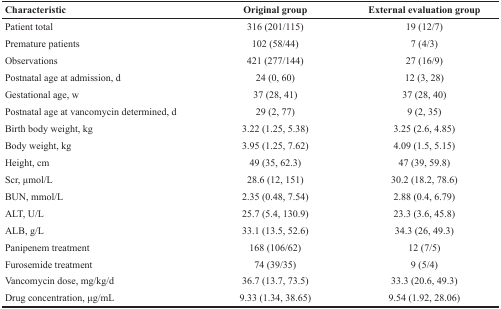
| Characteristic | Original group | External evaluation group |
 | --- | --- | --- |
 | Patient total | 316 (201/115) | 19 (12/7) |
 | Premature patients | 102 (58/44) | 7 (4/3) |
 | Observations | 421 (277/144) | 27 (16/9) |
 | Postnatal age at admission, d | 24 (0, 60) | 12 (3, 28) |
 | Gestational age, w | 37 (28, 41) | 37 (28, 40) |
 | Postnatal age at vancomycin determined, d | 29 (2, 77) | 9 (2, 35) |
 | Birth body weight, kg | 3.22 (1.25, 5.38) | 3.25 (2.6, 4.85) |
 | Body weight, kg | 3.95 (1.25, 7.62) | 4.09 (1.5, 5.15) |
 | Height, cm | 49 (35, 62.3) | 47 (39, 59.8) |
 | Scr, μmol/L | 28.6 (12, 151) | 30.2 (18.2, 78.6) |
 | BUN, mmol/L | 2.35 (0.48, 7.54) | 2.88 (0.4, 6.79) |
 | ALT, U/L | 25.7 (5.4, 130.9) | 23.3 (3.6, 45.8) |
 | ALB, g/L | 33.1 (13.5, 52.6) | 34.3 (26, 49.3) |
 | Panipenem treatment | 168 (106/62) | 12 (7/5) |
 | Furosemide treatment | 74 (39/35) | 9 (5/4) |
 | Vancomycin dose, mg/kg/d | 36.7 (13.7, 73.5) | 33.3 (20.6, 49.3) |
 | Drug concentration, μg/mL | 9.33 (1.34, 38.65) | 9.54 (1.92, 28.06) |